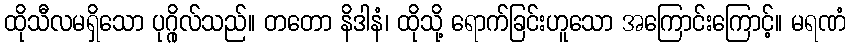
ထိုသီလမရှိသော ပုဂ္ဂိုလ်သည်။ တတော နိဒါနံ၊ ထိုသို့ ရောက်ခြင်းဟူသော အကြောင်းကြောင့်။ မရဏံ